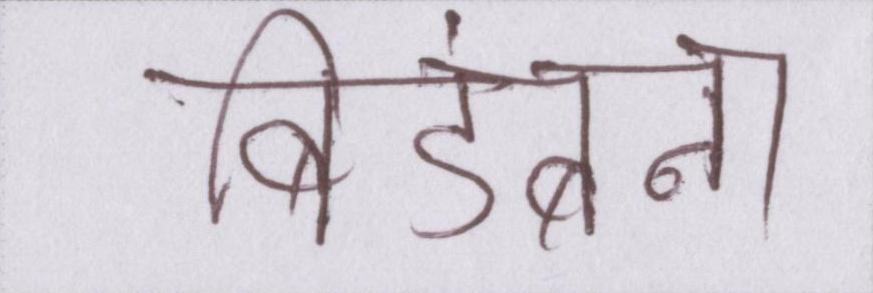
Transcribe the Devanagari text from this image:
बिडंबना